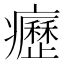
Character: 癧